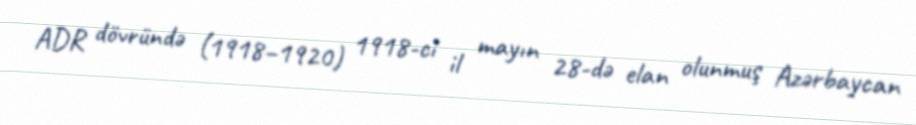
ADR dövründə (1918–1920) 1918-ci il mayın 28-də elan olunmuş Azərbaycan